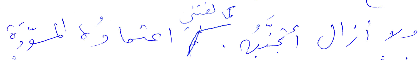
ولا أزال أتجنّبه. كما لفتني اعتادُه المسودَّة